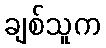
ချစ်သူက